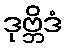
ဒုဗ္ဘိဒံ